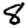
Digit: 8